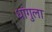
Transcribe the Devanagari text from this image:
धांगुला